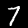
Digit: 7